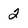
Character: 2